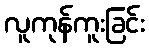
လူကုန်ကူးခြင်း